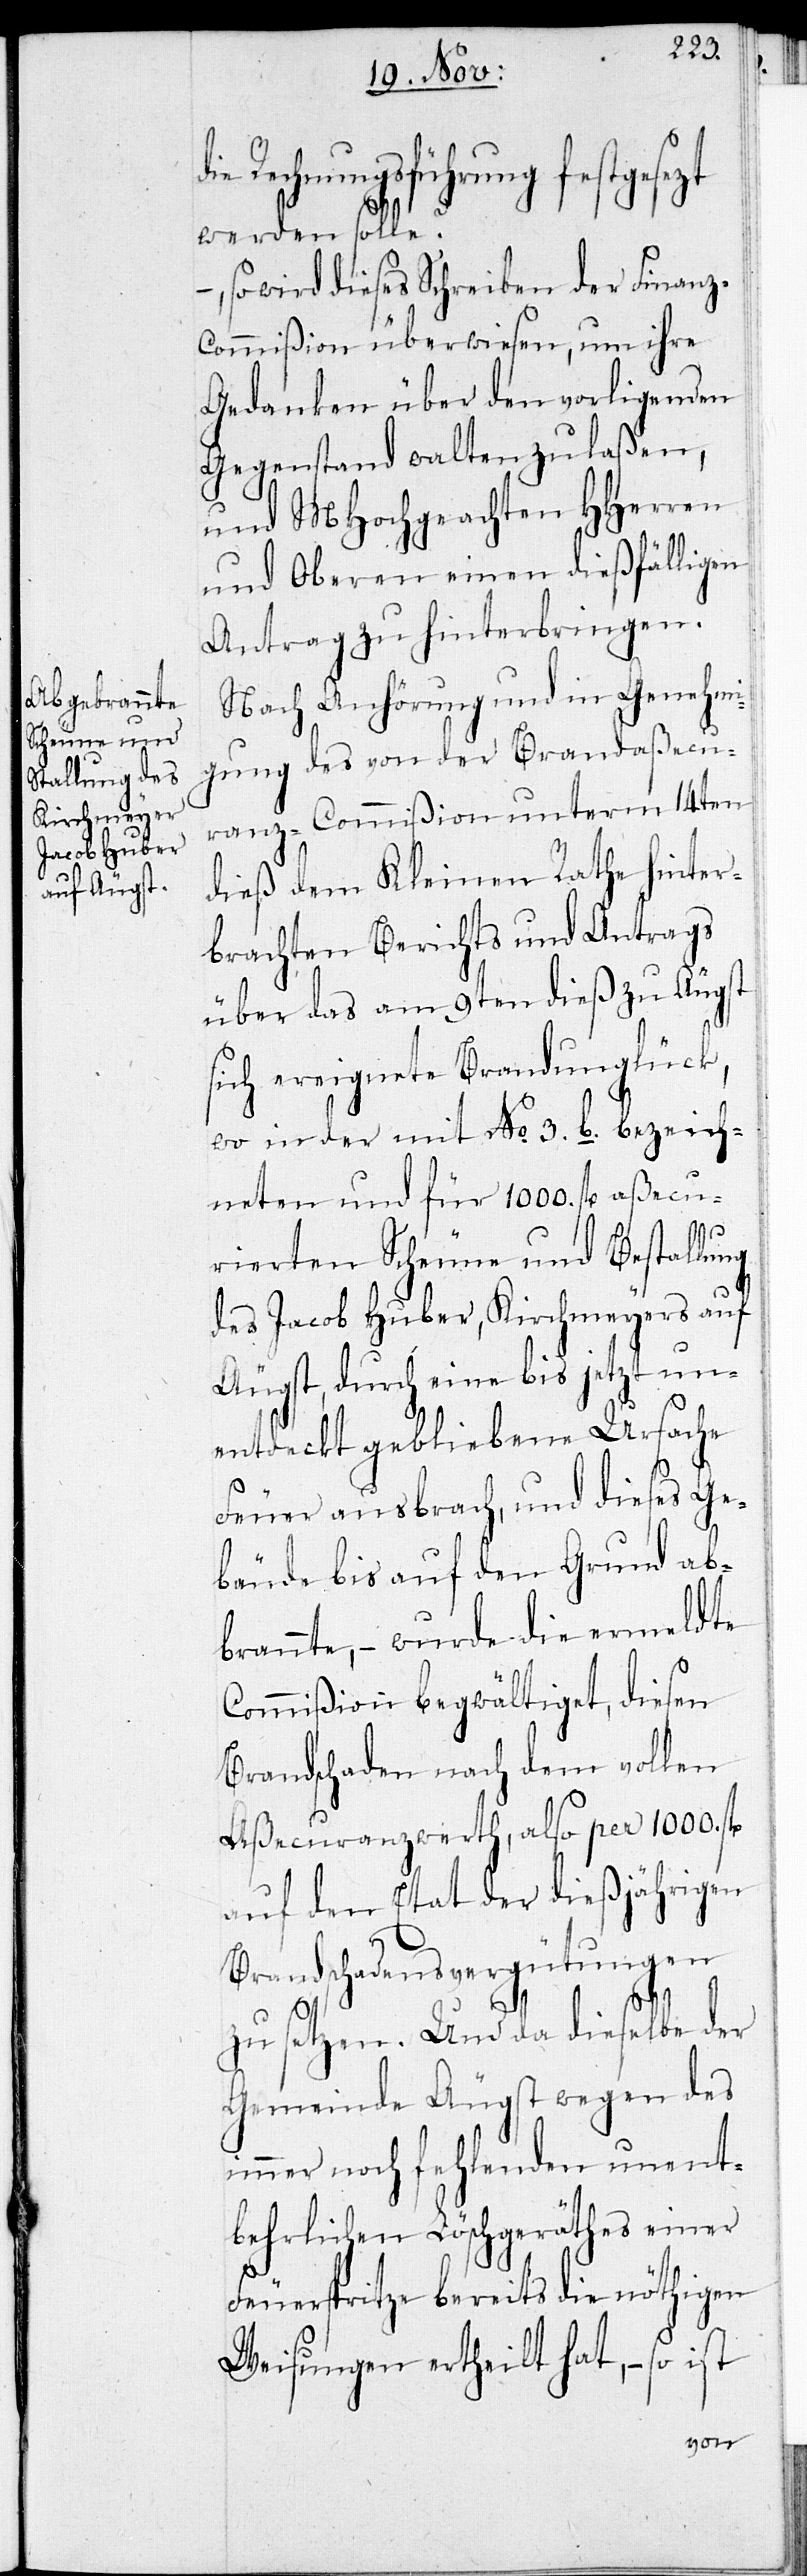
z-C¬
Rechnungsführung festgesezt
werden solle?
so wird dieses Schreiben der Finan¬
ommißion überwiesen, um ihre
Gedanken über den vorligenden
Gegenstand walten zu laßen,
und MHochgeachten HHerren
und Oberen einen dießfälligen
Antrag zu hinterbringen.
Nach Anhörung und in Genehmi¬
gung des von der Brandaßecu¬
ranz-Commißion unterm 14ten
dieß dem Kleinen Rath hinter¬
brachten Berichts und Antrags
über das am 9ten dieß zu Äugst
sich ereignete Brandunglück,
wo in der mit No. 3. b. bezeich¬
neten und für 1000. fl. aßecu¬
rierten Scheune und Bestallung
des Jacob Huber, Kirchmeyers auf
Äugst, durch eine bis jetzt un¬
entdeckt gebliebene Ursache
Feuer ausbrach, und dieses Ge¬
bäude bis auf den Grund ab¬
brannte, – wurde die ermeldte
Commißion begwältiget, diesen
Brandschaden nach dem vollen
Aßecuranzwerth, also per 1000. fl.
auf den Etat der dießjährigen
Brandschadensvergütungen
zu setzen. Und da dieselbe der
Gemeinde Äugst wegen des
immer noch fehlenden unent¬
behrlichen Löschgeräthes einer
Feuerspritze bereits die nöthigen
Weisungen ertheilt hat, – so ist